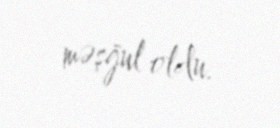
məşğul oldu.